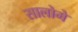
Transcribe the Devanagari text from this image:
सालोमे